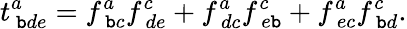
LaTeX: t_{\ \mathtt{b}de}^{a}=f_{\ \mathtt{b}c}^{a}f_{\ de}^{c}+f_{\ dc}^{a}f_{\ e\mathtt{b}}^{c}+f_{\ ec}^{a}f_{\ \mathtt{b}d}^{c}.